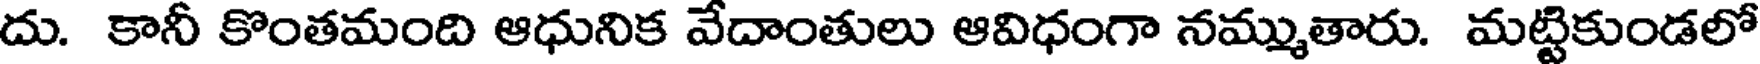
దు. కానీ కొంతమంది ఆధునిక వేదాంతులు ఆవిధంగా నమ్ముతారు. మట్టికుండలో